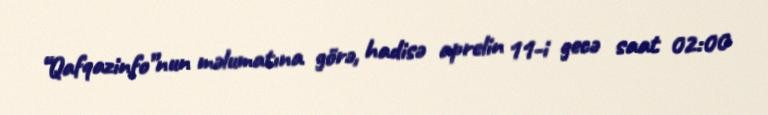
“Qafqazinfo”nun məlumatına görə, hadisə aprelin 11-i gecə saat 02:00